Report on vaccination in Madras 1877-1894 - 1877-1894
Year: 1877
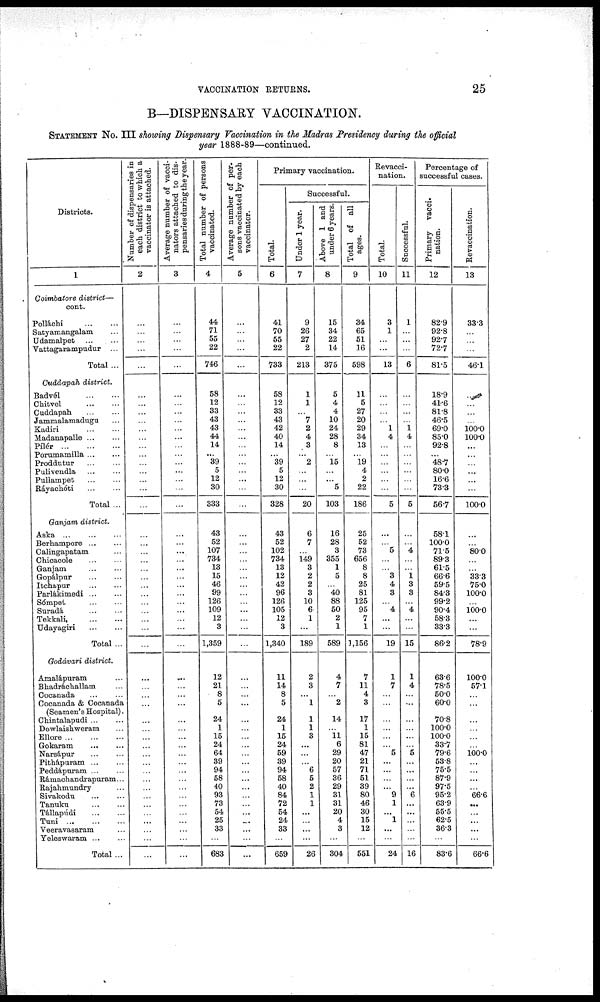
VACCINATION RETURNS.
25
B—DISPENSARY VACCINATION.
STATEMENT No. III showing Dispensary Vaccination in the Madras Presidency during the official
year 1888-89—continued.
Districts.
1
Coimbatore district—
cont.
Polláchi
...
...
Satyamangalam ...
Udamalpet ...
...
Vattagarampudur ...
Total ...
Cuddapah district.
Badvél
...
...
Chitvel
...
...
Cuddapah
...
...
Jammalamadugu ...
Kadiri
...
...
Madanapalle...
...
Pílér...
...
...
Porumamilla...
...
Proddutur
...
...
Pulivendla
...
...
Pullampet
...
...
Ráyachóti
...
...
Total ...
Ganjam district.
Aska
...
...
...
Berhampore ... ...
Calingapatam ...
Chicacole
...
...
Ganjam
...
...
Gopálpur ... ...
Itchapur
...
...
Parlákimedi ... ...
Sómpet ... ...
Suradá
...
...
Tekkali,
...
...
Udayagiri
...
...
Total ...
Godávari district.
Amalápuram ...
Bhadráchallam ...
Cocanada ... ...
Cocanada & Cocanada
(Seamen's Hospital).
Chintalapudi ... ...
Dowlaishweram ...
Ellore...
...
...
Gokaram
...
...
Narsápur
...
...
Pithápuram ... ...
Peddápuram ... ...
Rámachandrapuram...
Rajahmundry ...
Sivakodu ... ...
Tanuku
...
...
Tállapúdi
...
...
Tuni
...
...
...
Veeravasaram ...
Yeleswaram ... ...
Total ...
Number of dispensaries in
each district to which a
vaccinator is attached.
2
...
...
...
...
...
...
...
...
...
...
...
...
...
...
...
...
...
...
...
...
...
...
...
...
...
...
...
...
...
...
...
...
...
...
...
...
...
...
...
...
...
...
...
...
...
...
...
...
...
...
...
Average number of vacci-
nators attached to dis-
pensaries during the year.
3
...
...
...
...
...
...
...
...
...
...
...
...
...
...
...
...
...
...
...
...
...
...
...
...
...
...
...
...
...
...
...
...
...
...
...
...
...
...
...
...
...
...
...
...
...
...
...
...
...
...
...
Total number of persons
vaccinated.
4
44
71
55
22
746
58
12
33
43
43
44
14
...
39
5
12
30
333
43
52
107
734
13
15
46
99
126
109
12
3
1,359
12
21
8
5
24
1
15
24
64
39
94
58
40
93
73
54
25
33
...
683
Average number of per-
sons vaccinated by each
vaccinator.
5
...
...
...
...
...
...
...
...
...
...
...
...
...
...
...
...
...
...
...
...
...
...
...
...
...
...
...
...
...
...
...
...
...
...
...
...
...
...
...
...
...
...
...
...
...
...
...
...
...
...
...
Primary vaccination.
Total.
6
41
70
55
22
733
58
12
33
43
42
40
14
...
39
5
12
30
328
43
52
102
734
13
12
42
96
126
105
12
3
1,340
11
14
8
5
24
1
15
24
59
39
94
58
40
84
72
54
24
33
...
659
Successful.
Under 1 year.
7
9
26
27
2
213
1
1
...
7 2
4
3
...
2
...
...
...
20
6
7
...
149
3
2
2
3
10
6
1
...
189
2
3
...
1
1
1
3
...
...
...
6
5
2
1
1
...
...
...
...
26
Above 1 and
under 6 years.
8
15
34
22
14
375
5
4
4
10
24
28
8
...
15
...
...
5
103
16
28
3
355
1
5
...
40
88
50
2
1
589
4
7
...
2
14
...
11
6
29
20
57
36
29
31
31
20
4
3
...
304
Total of all
ages.
9
34
65
51
16
598
11
5
27
20
29
34
13
...
19
4
2
22
186
25
52
73
656
8
8
25
81
125
95
7
1
1,156
7
11
4
3
17
1
15
81
47
21
71
51
39
80
46
30
15
12
...
551
Revacci¬
nation.
Total.
10
3
1
...
...
13
...
...
...
...
1
4
...
...
...
...
...
...
5
...
...
5
...
...
3
4
3
...
4
...
...
19
1
7
...
...
...
...
...
...
5
...
...
...
...
9
1
...
1
...
...
24
Successful.
11
1
...
...
...
6
...
...
...
...
1
4
...
...
...
...
...
...
5
...
...
4
...
...
1
3
3
...
4
...
...
15
1
4
...
...
...
...
...
...
5
...
...
...
...
6
...
...
...
...
...
16
Percentage of
successful cases.
Primary vacci-
nation.
12
82.9
92.8
92.7
72.7
81.5
18.9
41.6
81.8
46.5
69.0
85.0
92.8
...
48.7
80.0
16.6
73.3
56.7
58.1
100.0
71.5
89.3
61.5
66.6
59.5
84.3
99.2
90.4
58.3
33.3
86.2
63.6
78.5
50.0
60.0
70.8
100.0
100.0
33.7
79.6
53.8
75.5
87.9
97.5
95.2
63.9
55.5
62.5
36.3
...
83.6
Revaccination.
13
33.3
...
...
...
46.1
...
...
...
...
100.0
100.0
...
...
...
...
...
...
100.0
...
...
80.0
...
...
33.3
75.0
100.0
...
100.0
...
...
78.9
100.0
57.1
...
...
...
...
...
...
100.0
...
...
...
...
66.6
...
...
...
...
...
66.6